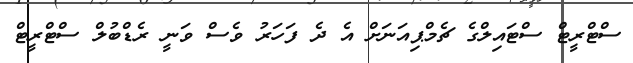
ސްޓްރީޓް ސްޓައިލްގެ ޗެމްޕިއަނަށް އެ ދެ ފަހަރު ވެސް ވަނީ ރެޑްބުލް ސްޓްރީޓް